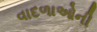
વાદળાઓની